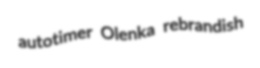
autotimer Olenka rebrandish